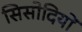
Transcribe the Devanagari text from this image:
सिसोदियों